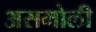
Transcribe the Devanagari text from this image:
असमोली